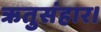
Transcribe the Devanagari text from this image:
ऋतुसंहार।